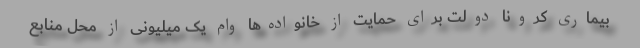
بیماری کرونا دولت برای حمایت از خانواده‌ها وام یک میلیونی از محل منابع